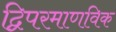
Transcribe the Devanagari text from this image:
द्विपरमाणविक